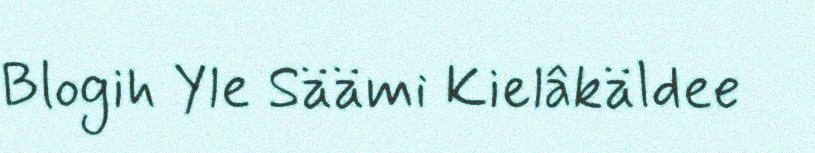
Blogih Yle Säämi Kielâkäldee